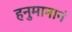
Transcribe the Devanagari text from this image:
हनुमानानं